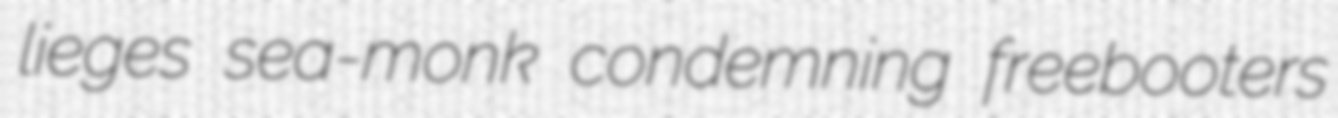
lieges sea-monk condemning freebooters